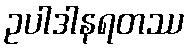
ဥပါဒါနရတဿ